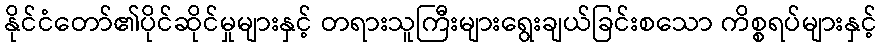
နိုင်ငံတော်၏ပိုင်ဆိုင်မှုများနှင့် တရားသူကြီးများရွေးချယ်ခြင်းစသော ကိစ္စရပ်များနှင့်